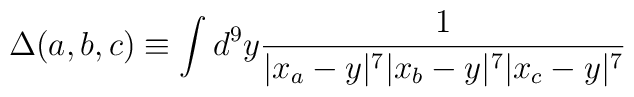
\Delta(a,b,c) \equiv\int d^9 y {1\over |x_a-y|^7 |x_b -y|^7|x_c-y|^7}